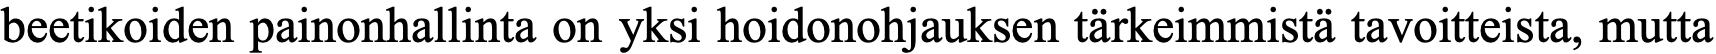
beetikoiden painonhallinta on yksi hoidonohjauksen tärkeimmistä tavoitteista, mutta